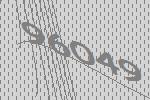
96049